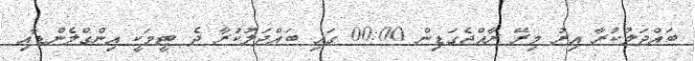
ބައްދަލުކުރާ އިރު މިރޭ ރާއްޖެގަޑިން 00:00 ގައި ބައްދަލުކުރާ ދެ ޓީމަކީ އިންގްލެންޑާއި